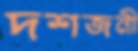
দশজনী